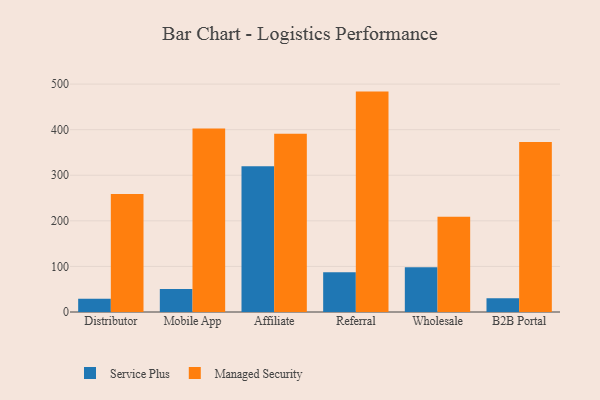
{"axis": {"x": "Channel", "y": "Population (Million)"}, "legend": ["Managed Security", "Service Plus"], "data": [{"x": "Distributor", "y": 28.9, "type": "Service Plus"}, {"x": "Distributor", "y": 258.6, "type": "Managed Security"}, {"x": "Mobile App", "y": 50.3, "type": "Service Plus"}, {"x": "Mobile App", "y": 402.5, "type": "Managed Security"}, {"x": "Affiliate", "y": 319.9, "type": "Service Plus"}, {"x": "Affiliate", "y": 390.9, "type": "Managed Security"}, {"x": "Referral", "y": 87.2, "type": "Service Plus"}, {"x": "Referral", "y": 483.5, "type": "Managed Security"}, {"x": "Wholesale", "y": 98.0, "type": "Service Plus"}, {"x": "Wholesale", "y": 208.9, "type": "Managed Security"}, {"x": "B2B Portal", "y": 30.4, "type": "Service Plus"}, {"x": "B2B Portal", "y": 373.1, "type": "Managed Security"}]}